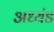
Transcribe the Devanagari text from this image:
अध्यंड